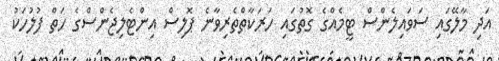
އަދި މާލޭގައި ސަވައިލެންސް ޓީމެއްގެ ގޮތުގައި ހަރަކާތްތެރިވާނެ ޕޮލިސް އިންޓެލިޖެންސްގެ ހަތް ފުލުހަކު